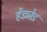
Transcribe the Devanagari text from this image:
हेंड्मेड